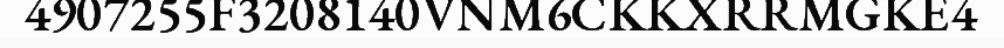
4907255F3208140VNM6CKKXRRMGKE4